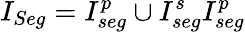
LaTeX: I_{Seg}=I_{seg}^{p}\cup I_{seg}^{s}I_{seg}^{p}